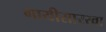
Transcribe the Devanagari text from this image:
गायीसारखा